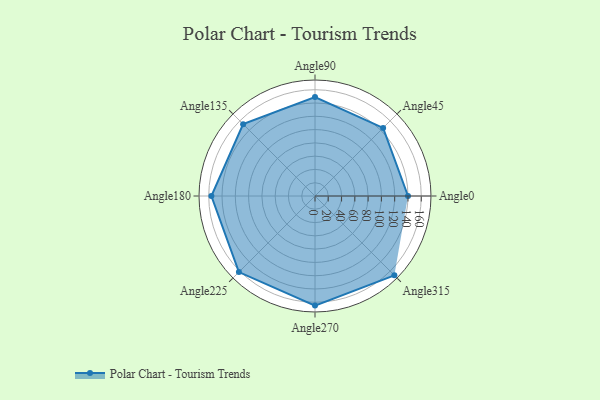
{"axis": {"x": "Angle", "y": "Radius"}, "legend": [""], "data": [{"x": "Angle0", "y": 140.0, "type": ""}, {"x": "Angle45", "y": 145.0, "type": ""}, {"x": "Angle90", "y": 149.0, "type": ""}, {"x": "Angle135", "y": 153.0, "type": ""}, {"x": "Angle180", "y": 156.0, "type": ""}, {"x": "Angle225", "y": 162.0, "type": ""}, {"x": "Angle270", "y": 165.0, "type": ""}, {"x": "Angle315", "y": 169.0, "type": ""}]}